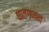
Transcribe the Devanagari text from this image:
घातगणन